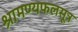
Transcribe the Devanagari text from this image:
श्रामण्यफलसूत्र